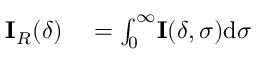
\begin{array} { r l } { \mathbf { I } _ { R } ( \delta ) } & { { } = \int _ { 0 } ^ { \infty } \! \mathbf { I } ( \delta , \sigma ) \mathrm { d } \sigma } \end{array}